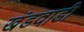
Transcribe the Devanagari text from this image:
खंडवाडी